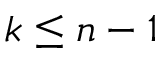
k \leq n - 1